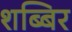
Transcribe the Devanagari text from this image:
शब्बिर